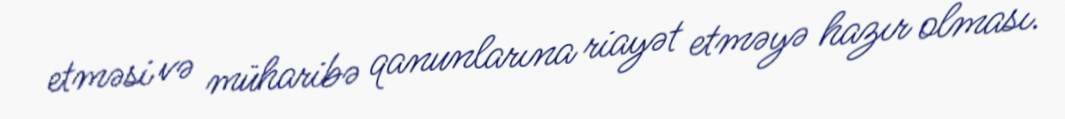
etməsi və müharibə qanunlarına riayət etməyə hazır olması.